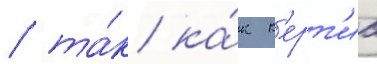
/ та́к ка́к к'ерт'ис